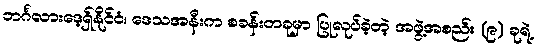
ဘင်္ဂလားဒေ့ရှ်နိုင်ငံ၊ ဒေသအနီးက စခန်းတခုမှာ ပြုလုပ်ခဲ့တဲ့ အဖွဲ့အစည်း (၉) ခုရဲ့